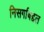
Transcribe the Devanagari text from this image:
निसर्गाबद्दल